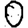
Digit: 0